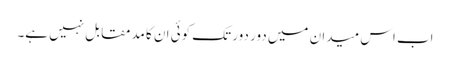
اب اس میدان میں دور دور تک کوئی ان کا مدمقابل نہیں ہے۔